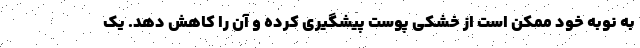
به نوبه خود ممکن است از خشکی پوست پیشگیری کرده و آن را کاهش دهد. یک